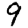
Digit: 9